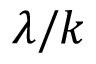
\lambda / k